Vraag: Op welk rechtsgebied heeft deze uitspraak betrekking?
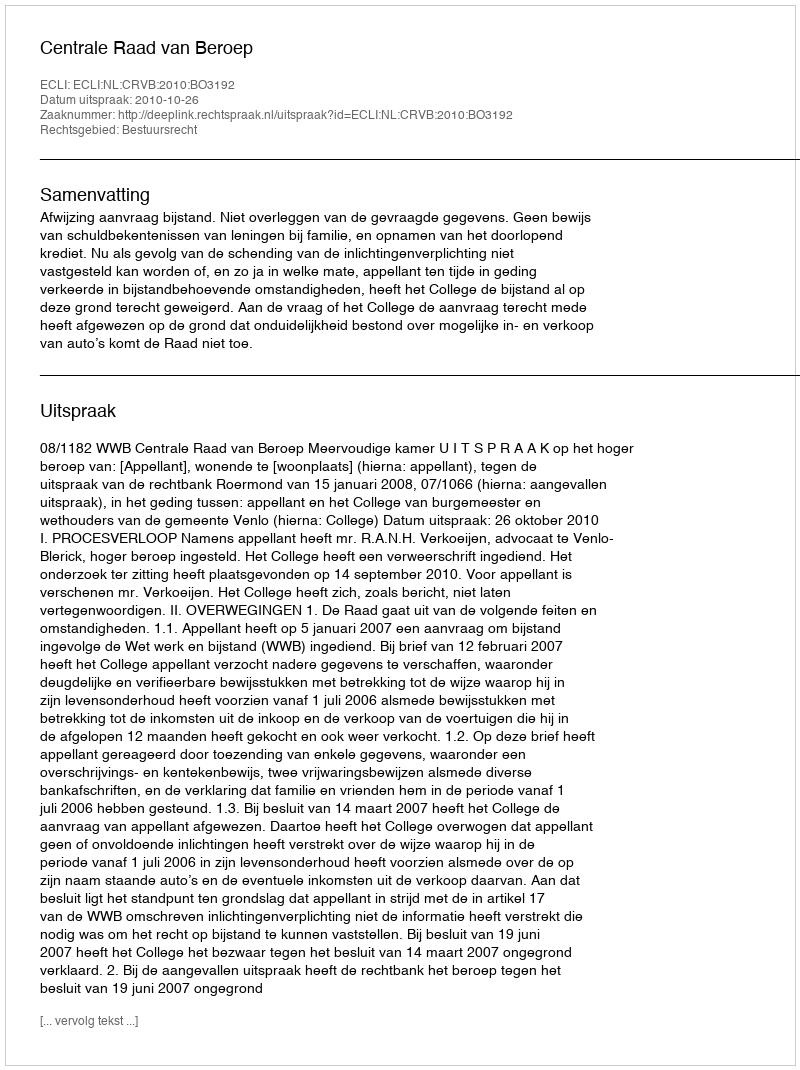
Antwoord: Bestuursrecht